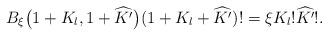
LaTeX: \begin{align*}B_{\xi}\big(1+K_l,1+\widehat{K'}\big)(1+K_l+\widehat{K'})!=\xi K_l!\widehat{K'}!.\end{align*}